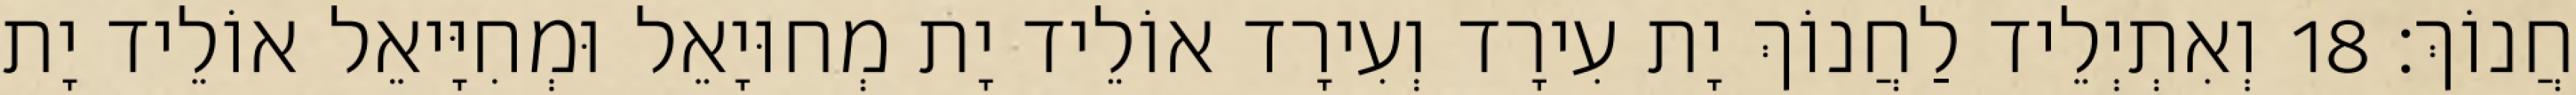
חֲנוֹךְ׃ 18 וְאִתְיְלֵיד לַחֲנוֹךְ יָת עִירָד וְעִירָד אוֹלֵיד יָת מְחוּיָאֵל וּמְחִיָּיאֵל אוֹלֵיד יָת